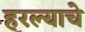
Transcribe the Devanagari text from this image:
हरल्याचे